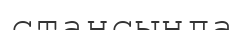
стансында